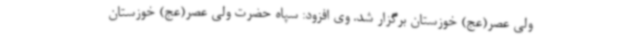
ولی عصر(عج) خوزستان برگزار شد. وی افزود: سپاه حضرت ولی عصر(عج) خوزستان